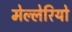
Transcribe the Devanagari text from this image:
मेल्लेरियो